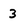
Character: 3